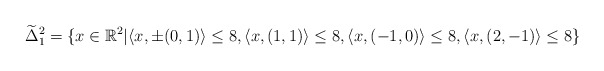
\begin{align*} \widetilde{\Delta}^2_1 =\{x\in\mathbb{R}^2|&\langle x,\pm(0,1)\rangle\leq8,\langle x,(1,1)\rangle\leq8,\langle x,(-1,0)\rangle\leq8,\langle x,(2,-1)\rangle\leq8 \}\end{align*}